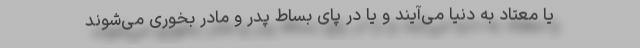
یا معتاد به دنیا می‌آیند و یا در پای بساط پدر و مادر بخوری می‌شوند